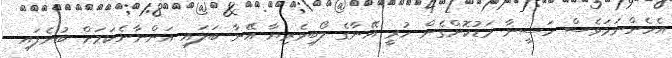
އެހެންނަމަވެސް ހަސީނާ މަޑުކޮށްގެން ހުރީ އޭނާގެ ލޯބިވެރިޔާ އޭނާ ބަލައި އަންނާނެކަމަށް ބުނެފައި